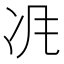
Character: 𠖵